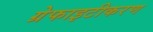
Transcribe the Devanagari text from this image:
ग्रेफाइटीकरण